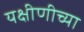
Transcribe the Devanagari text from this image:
यक्षीणीच्या